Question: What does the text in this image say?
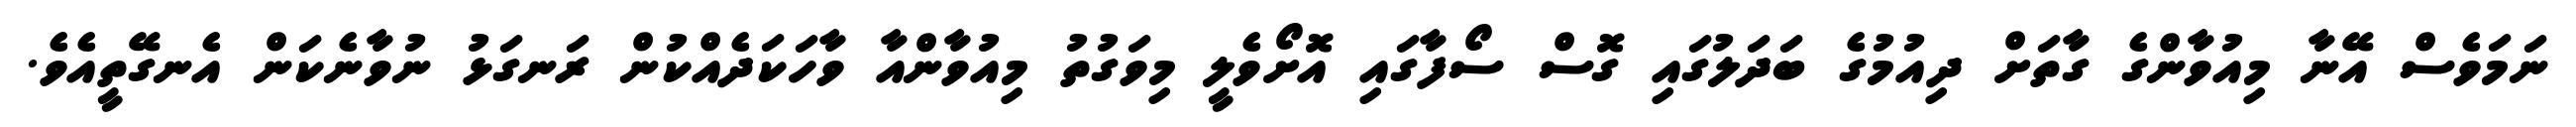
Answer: ނަމަވެސް އޭނާ މިއުވާންގެ ގާތަށް ދިއުމުގެ ބަދަލުގައި ގޮސް ސޯފާގައި އޮށޯވެލީ މިވަގުތު މިއުވާންއާ ވާހަކަދެއްކުން ރަނގަޅު ނުވާނެކަން އެނގޭތީއެވެ.